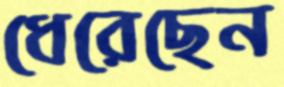
ধেরেছেন